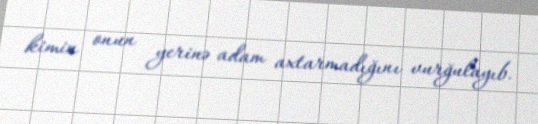
kimin onun yerinə adam axtarmadığını vurğulayıb.